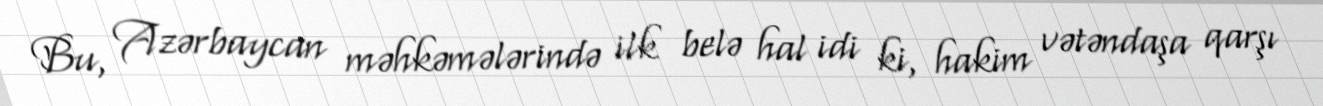
Bu, Azərbaycan məhkəmələrində ilk belə hal idi ki, hakim vətəndaşa qarşı